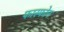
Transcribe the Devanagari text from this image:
फास्फोन